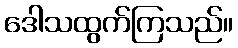
ဒေါသထွက်ကြသည်။